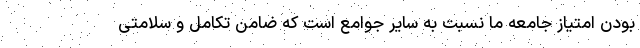
بودن امتیاز جامعه ما نسبت به سایر جوامع است که ضامن تکامل و سلامتی